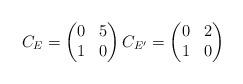
LaTeX: \begin{align*} C_E = \begin{pmatrix} 0 & 5 \\ 1 & 0 \end{pmatrix} C_{E'} = \begin{pmatrix} 0 & 2 \\ 1 & 0 \end{pmatrix}\end{align*}